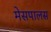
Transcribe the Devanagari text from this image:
मेसपालस